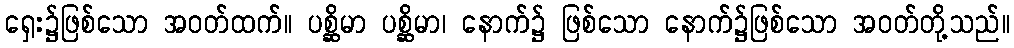
ရှေး၌ဖြစ်သော အဝတ်ထက်။ ပစ္ဆိမာ ပစ္ဆိမာ၊ နောက်၌ ဖြစ်သော နောက်၌ဖြစ်သော အဝတ်တို့သည်။